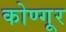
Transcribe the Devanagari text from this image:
कोण्गूर